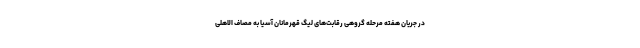
در جریان هفته مرحله گروهی رقابت‌های لیگ قهرمانان آسیا به مصاف الاهلی